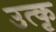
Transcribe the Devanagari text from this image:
उत्कृ